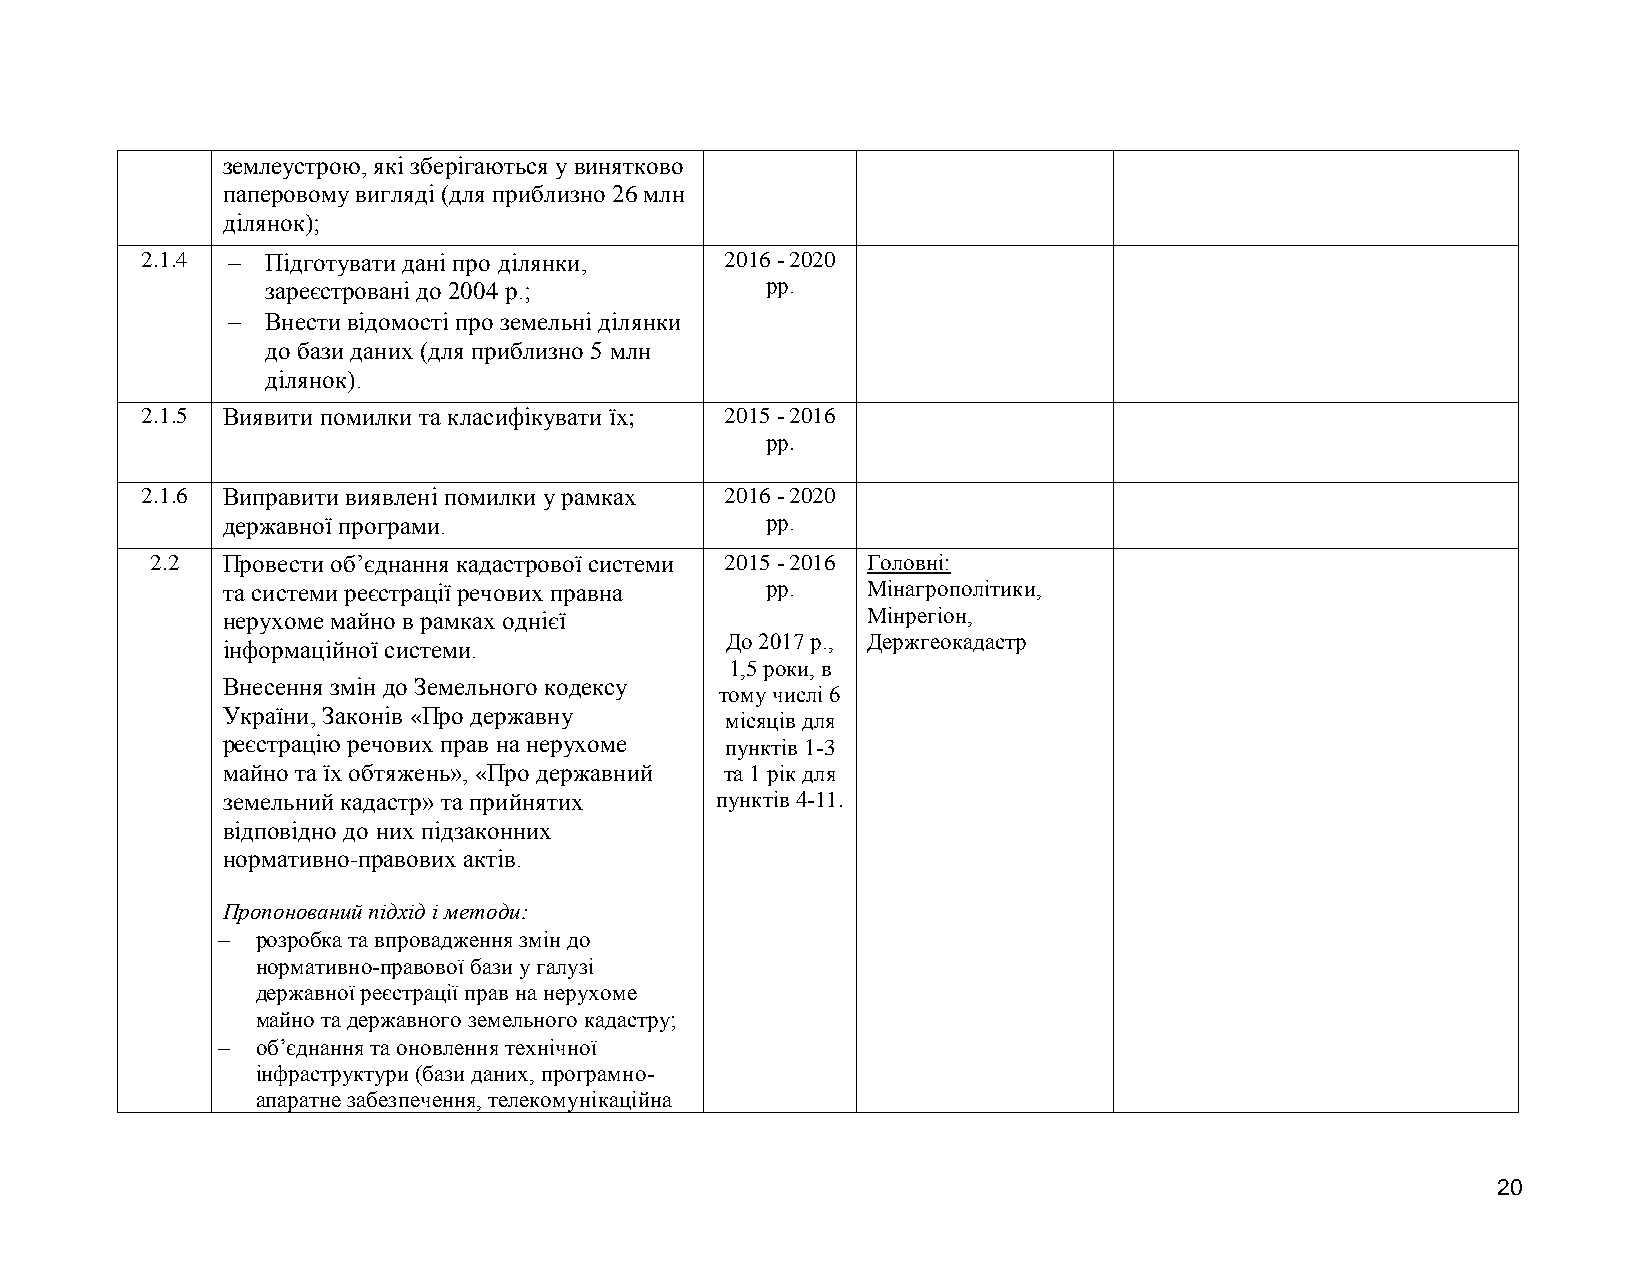
землеустрою, які зберігаються у винятково
 паперовому вигляді (для приблизно 26 млн
 ділянок);
 2.1.4   Підготувати дані про ділянки, 2016 - 2020
 зареєстровані до 2004 р.;        рр.
   Внести відомості про земельні ділянки
 до бази даних (для приблизно 5 млн
 ділянок).
 2.1.5 Виявити помилки та класифікувати їх; 2015 - 2016
 рр.
 2.1.6 Виправити виявлені помилки у рамках 2016 - 2020
 державної програми.                 рр.
 2.2  Провести об’єднання кадастрової системи 2015 - 2016 Головні:
 та системи реєстрації речових правна рр.  Мінагрополітики,
 нерухоме майно в рамках однієї            Мінрегіон,
 До 2017 р., Держгеокадастр
 інформаційної системи.
 1,5 роки, в
 Внесення змін до Земельного кодексу
 тому числі 6
 України, Законів «Про державну   місяців для
 реєстрацію речових прав на нерухоме пунктів 1-3
 майно та їх обтяжень», «Про державний та 1 рік для
 земельний кадастр» та прийнятих пунктів 4-11.
 відповідно до них підзаконних
 нормативно-правових актів.
 Пропонований підхід і методи:
   розробка та впровадження змін до
 нормативно-правової бази у галузі
 державної реєстрації прав на нерухоме
 майно та державного земельного кадастру;
   об’єднання та оновлення технічної
 інфраструктури (бази даних, програмно-
 апаратне забезпечення, телекомунікаційна
 20